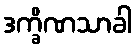
ဒက္ခိဏသာခါ